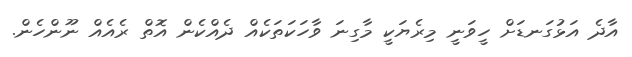
އާދެ އަޅުގަނޑަށް ހީވަނީ މިރެޔަކީ މާގިނަ ވާހަކަތަކެއް ދެއްކެން އޮތް ރެއެއް ނޫންހެން.